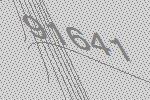
91641